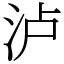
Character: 泸